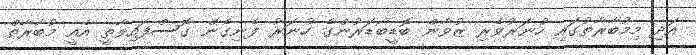
އަދި މިމުބާރާތުގައި ހުނަރުވެރި ޒުވާން ބޮޑީބޯޑަރުންގެ ހުނަރު ފެނިގެން ގޮސްފައިވާތީ އެއީ މުބާރާތް